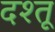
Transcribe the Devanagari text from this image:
दश्तू